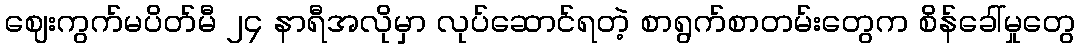
ဈေးကွက်မပိတ်မီ ၂၄ နာရီအလိုမှာ လုပ်ဆောင်ရတဲ့ စာရွက်စာတမ်းတွေက စိန်ခေါ်မှုတွေ